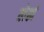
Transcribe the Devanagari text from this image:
लेह्मं